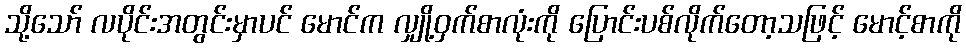
သို့သော် လပိုင်းအတွင်းမှာပင် မောင်က လျှို့ဝှက်စာလုံးကို ပြောင်းပစ်လိုက်တော့သဖြင့် မောင့်စာကို